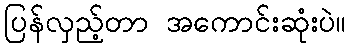
ပြန်လှည့်တာ အကောင်းဆုံးပဲ။